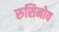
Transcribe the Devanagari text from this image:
रुसिनोव